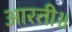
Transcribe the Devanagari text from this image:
आरती॥